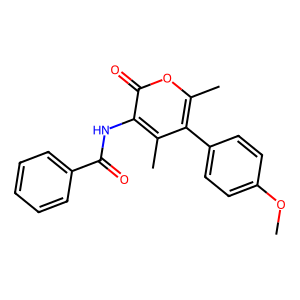
SMILES: COc1ccc(-c2c(C)oc(=O)c(NC(=O)c3ccccc3)c2C)cc1
Inhibits HIV replication: No